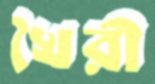
খৈরী